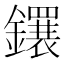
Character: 𬬕